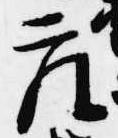
座